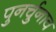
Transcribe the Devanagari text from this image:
पुनर्चुनाव